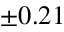
\pm 0 . 2 1